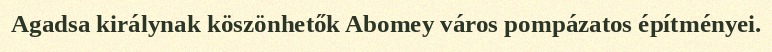
Agadsa királynak köszönhetők Abomey város pompázatos építményei.